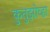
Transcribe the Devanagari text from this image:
कुतुझोव्हा